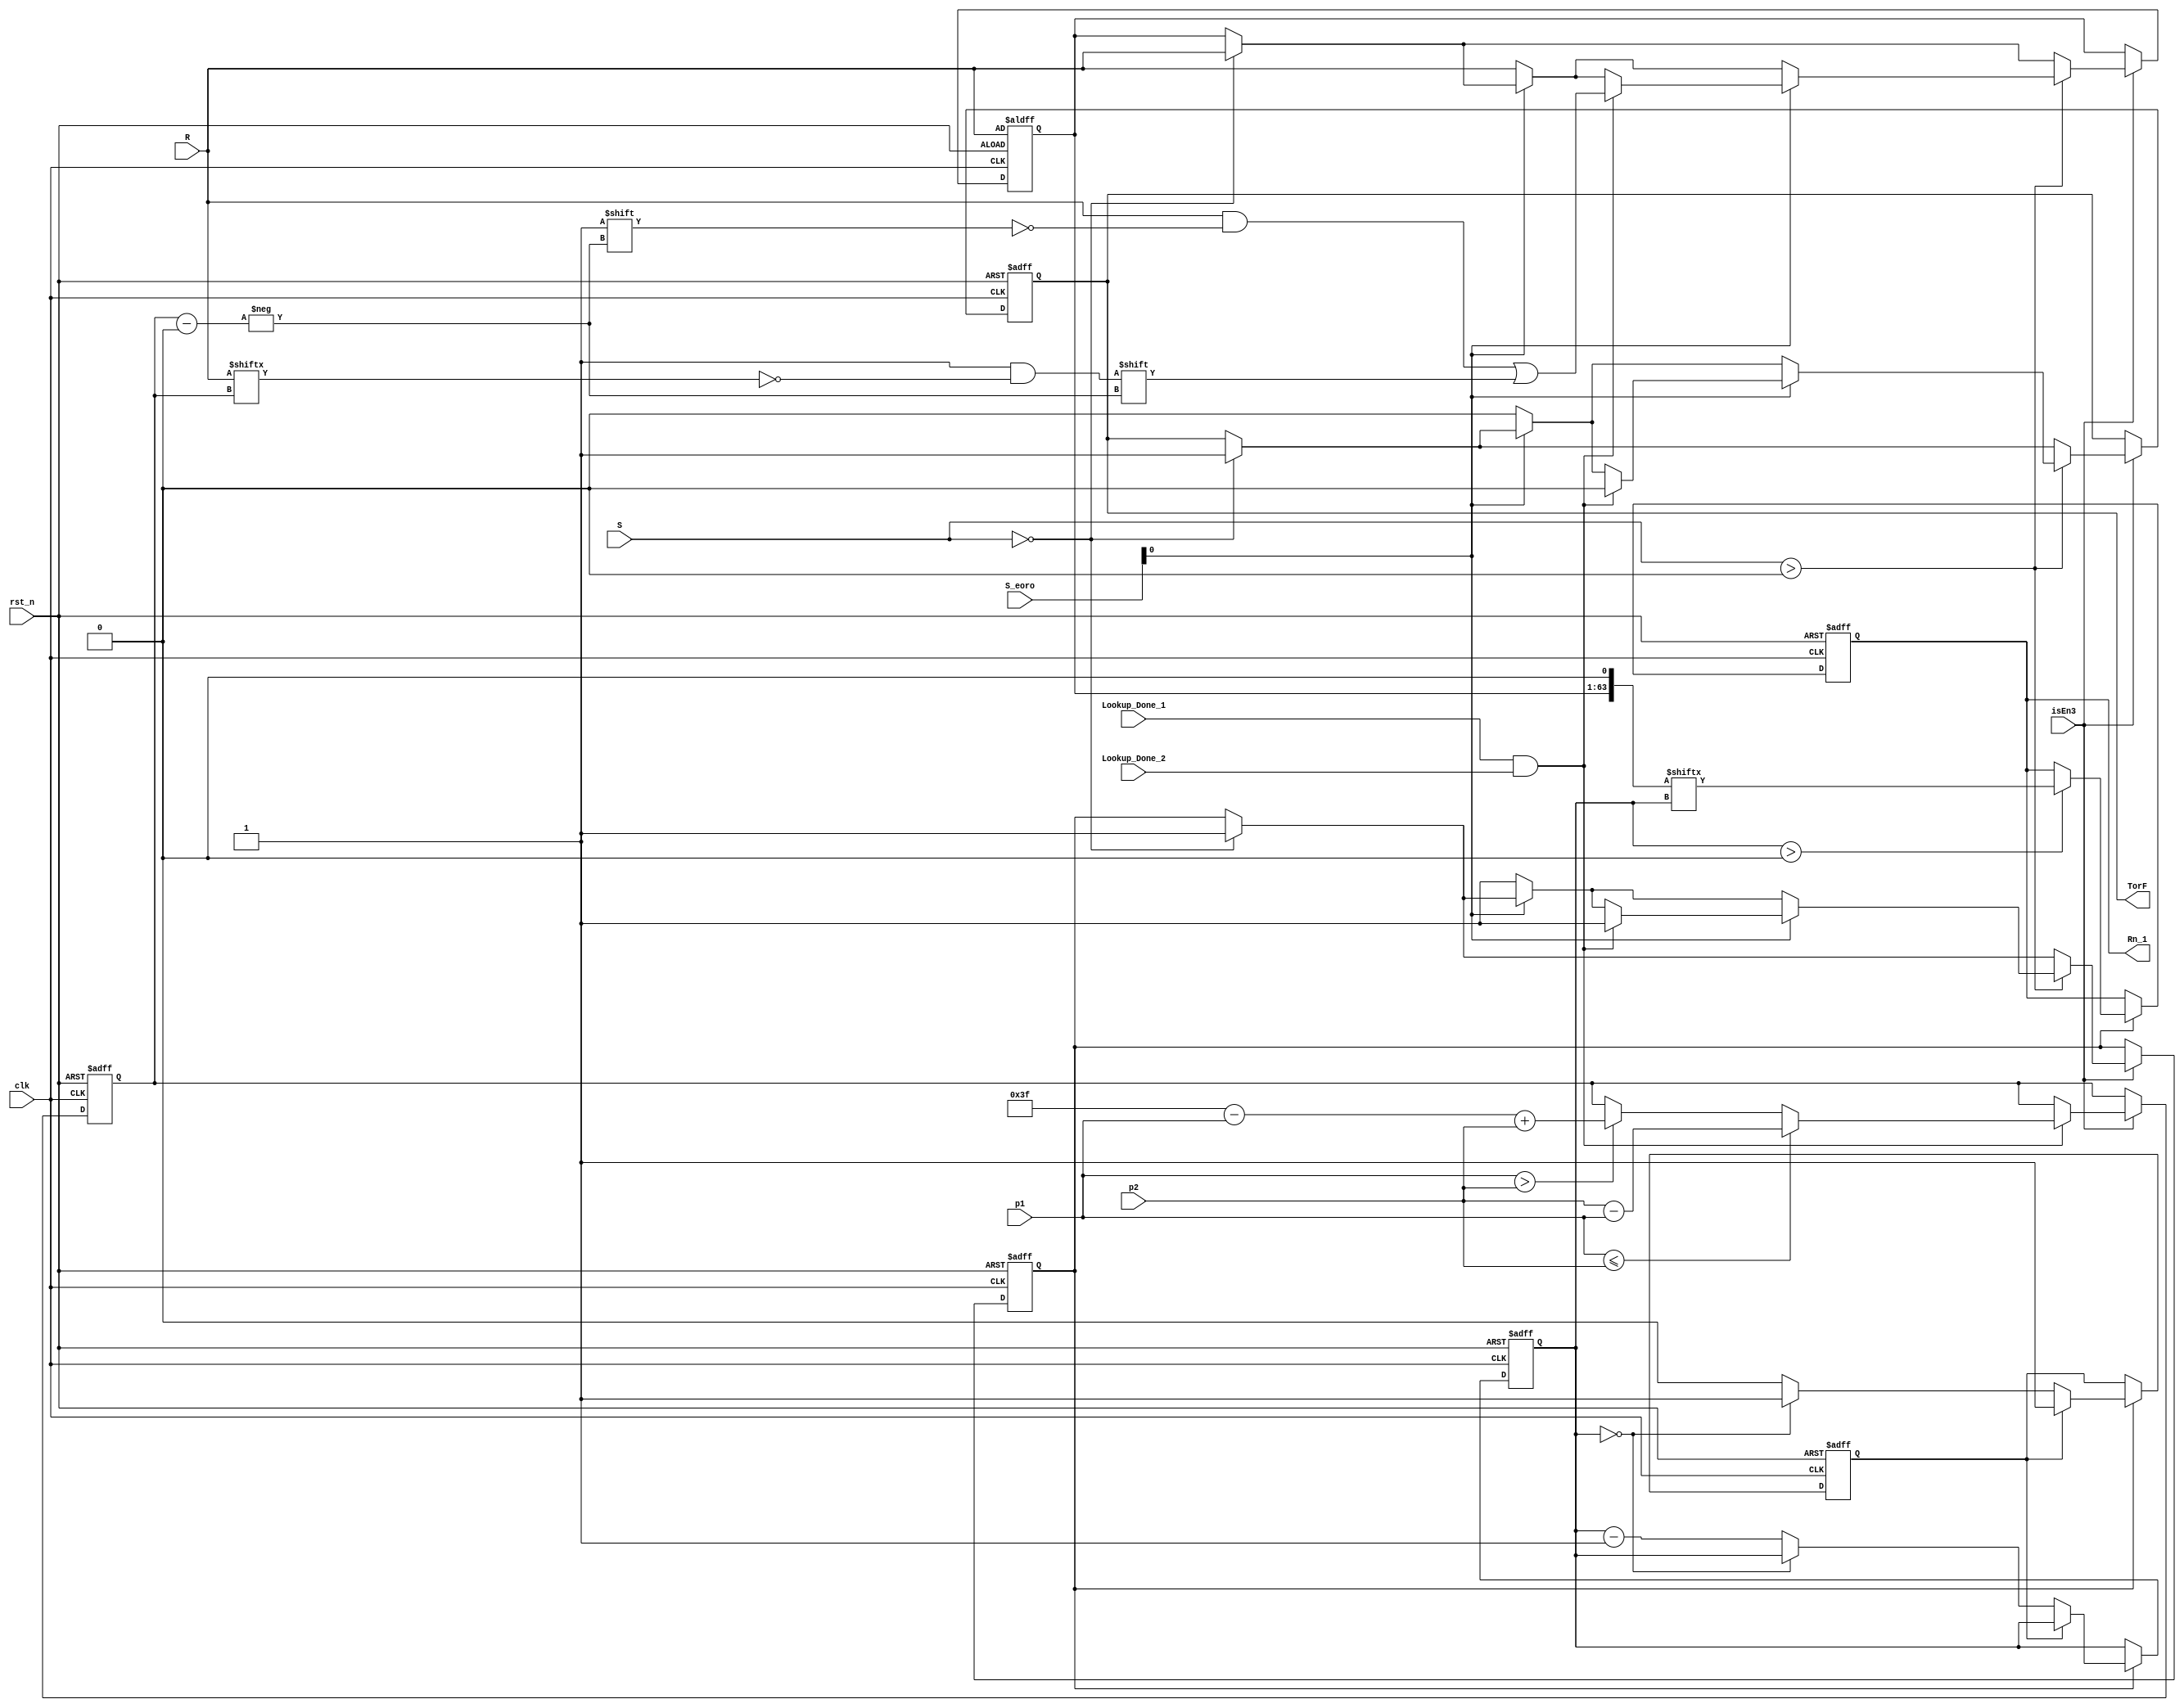
//`timescale 1ns / 1ps  revised 6


//// change all "<=" to "="
//
//
///
`timescale 1ns / 1ns
module decoder2(
             clk,
             rst_n,
             R,
             S,
             S_eoro,
             isEn3,
				     Lookup_Done_1,
				     Lookup_Done_2,
             p1,
             p2,
             Rn_1,
             TorF
             );
  input clk,rst_n;
  input [62:0] R; // R is the output of module "mistake"
  input [6:0] S; //S is the output of module "syndrome"
  input [2:0] S_eoro;
  input [5:0] p1;  
  input [5:0] p2;
  reg [5:0] p;
  output Rn_1; 
  output TorF; //0--F,1--T
  reg [62:0] Rn; //Rn is the 63-bit code after corrected
    reg  Rn_1;
  reg TorF;
  input Lookup_Done_1,Lookup_Done_2;
  input isEn3;  
  
  reg [5:0] i;
  reg allEnd;
  reg decoder_done;
  
  always @(posedge clk or negedge rst_n) begin
    if (!rst_n) begin
      Rn=R;
      TorF=1; //When the calculation beforehand is not finished, we think the code is correct
      decoder_done=1'b0;
    end
    else begin
      if (isEn3==1'b1) begin
        if (S==7'd0) begin //no mistake occured
          Rn=R;
          TorF=1'b1;
          decoder_done=1'b1;
        end
        if (S>7'd0) begin // mistake occured
          if (S_eoro[0]==1'b0) begin // 2 mistakes occured
          //if (S[0]==1'b0) begin
            Rn=R;
            TorF=1'b0;
            decoder_done=1'b1;
          end
          if (S_eoro[0]==1'b1) begin
            //if (S[0]==1'b1) begin
            if ((Lookup_Done_1==1'b1)&&(Lookup_Done_2==1'b1)) begin // 1 mistake occured
            Rn=R;
            TorF=1'b0;
            Rn[p]=~Rn[p];                      // revised 
            decoder_done=1'b1;
            end
		      end
         end
        end
      end
    end
 
 always @(posedge clk or negedge rst_n) begin
    if (!rst_n) begin
      p=1'b0;
    end
  else begin
    if (isEn3==1'b1) begin
      if ((Lookup_Done_1==1'b1)&&(Lookup_Done_2==1'b1)) begin 
         if(p1>p2) begin
          p=7'd63-p1+p2;
         end
         if (p1<=p2) begin
          p=p2-p1;
         end
       end
     end
   end
 end
 
   wire [63:0] Rn_t;
  assign Rn_t={Rn,1'b0}; //Rn_t is the temporary value of Rn, which add a 0 on its right
  
    always@(posedge clk or negedge rst_n) begin
    if (!rst_n) begin
      i=6'd63;
      allEnd=1'b0;
    end
    else begin
      if (decoder_done==1'b1) begin
        if(allEnd==1'b0) begin
          if(i==1'd0) begin
            allEnd=1'b1;
          end
          else begin
            i=i-1'd1;
          end
        end
      end  
    end
  end
 
  always@(posedge clk or negedge rst_n) begin
    if (!rst_n) begin
      Rn_1=1'b0;
    end
    else begin
      if (decoder_done==1'b1) begin
        if(i>6'd0) begin
          Rn_1=Rn_t[i];
        end
      end  
    end
  end
 //assign Rn_1=Rn;
    
endmodule